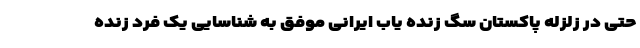
حتی در زلزله پاکستان سگ زنده یاب ایرانی موفق به شناسایی یک فرد زنده